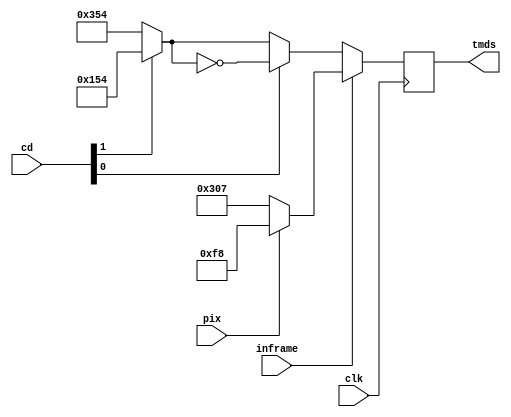
module TMDS_mono_enc(
        input wire clk,
        input wire pix,
        input [1:0] cd,
        input inframe,
        output reg [9:0] tmds
);
    wire [9:0] word = 10'b1100000111;
    wire [9:0] data = pix ? ~word : word;
    wire [9:0] base = cd[1] ? 10'b0101010100 : 10'b1101010100;
    wire [9:0] ctrl = cd[0] ? ~base : base;
    always @(posedge clk)
        tmds <= inframe ? data : ctrl;
endmodule